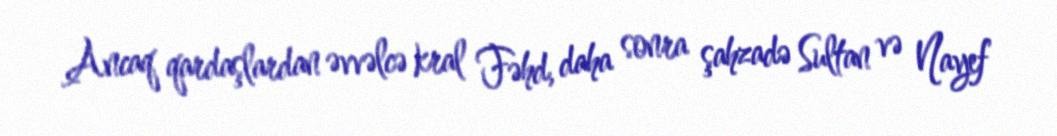
Ancaq qardaşlardan əvvəlcə kral Fəhd, daha sonra şahzadə Sultan və Nayef